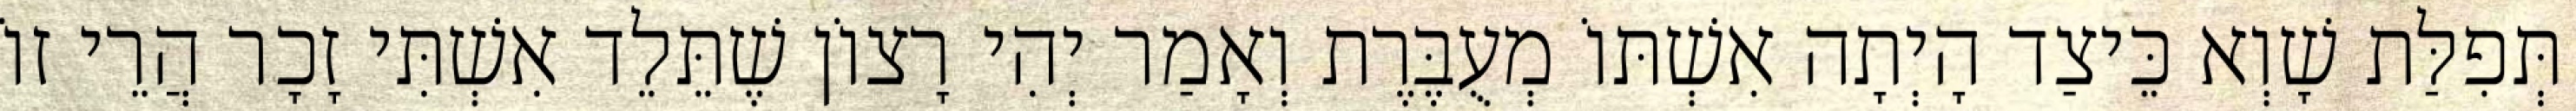
תְּפִלַּת שָׁוְא כֵּיצַד הָיְתָה אִשְׁתּוֹ מְעֻבֶּרֶת וְאָמַר יְהִי רָצוֹן שֶׁתֵּלֵד אִשְׁתִּי זָכָר הֲרֵי זוֹ